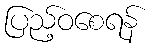
ပြည့်ဝစေရန်